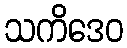
သကိဒေဝ